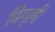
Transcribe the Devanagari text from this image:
पिग्ली